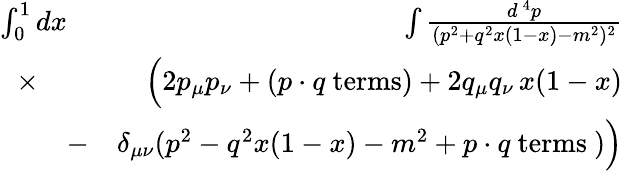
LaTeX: \begin{array}{rlr}{\int_{0}^{1}dx\! \! \! \! \! \! }&{}&{\int{\frac{d^{\, 4}p}{(p^{2}+q^{2}x(1-x)-m^{2})^{2}}}}\\ {\times}&{}&{\Big(2p_{\mu}p_{\nu}+(p\cdot q\mathrm{\ terms})+2q_{\mu}q_{\nu}\, x(1-x)}\\ &{-}&{\delta_{\mu\nu}(p^{2}-q^{2}x(1-x)-m^{2}+p\cdot q\mathrm{\ terms\ })\Big)}\end{array}